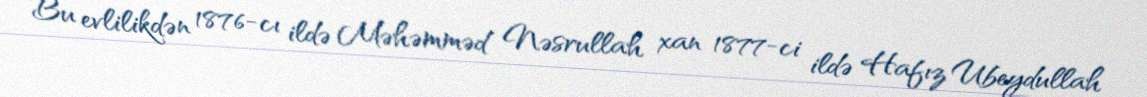
Bu evlilikdən 1876-cı ildə Məhəmməd Nəsrullah xan 1877-ci ildə Hafız Ubeydullah